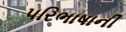
પરિભાષાની